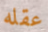
عقله